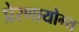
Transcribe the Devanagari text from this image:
प्रेरणायोग्य